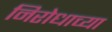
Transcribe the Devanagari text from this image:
निरोधाच्या